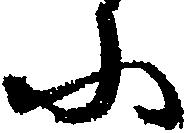
に